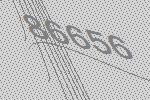
86656